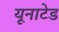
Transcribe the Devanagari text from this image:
यूनाटेड